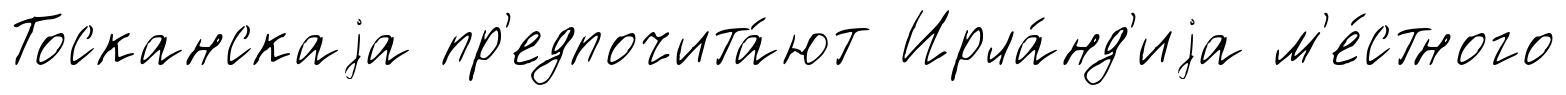
Тосканскаjа пр'едпочита́ют Ирла́нд'иjа м'е́стного